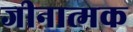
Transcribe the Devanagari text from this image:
जीनात्मक